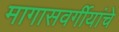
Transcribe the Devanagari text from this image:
मागासवर्गीयांचे